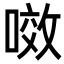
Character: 𭉲